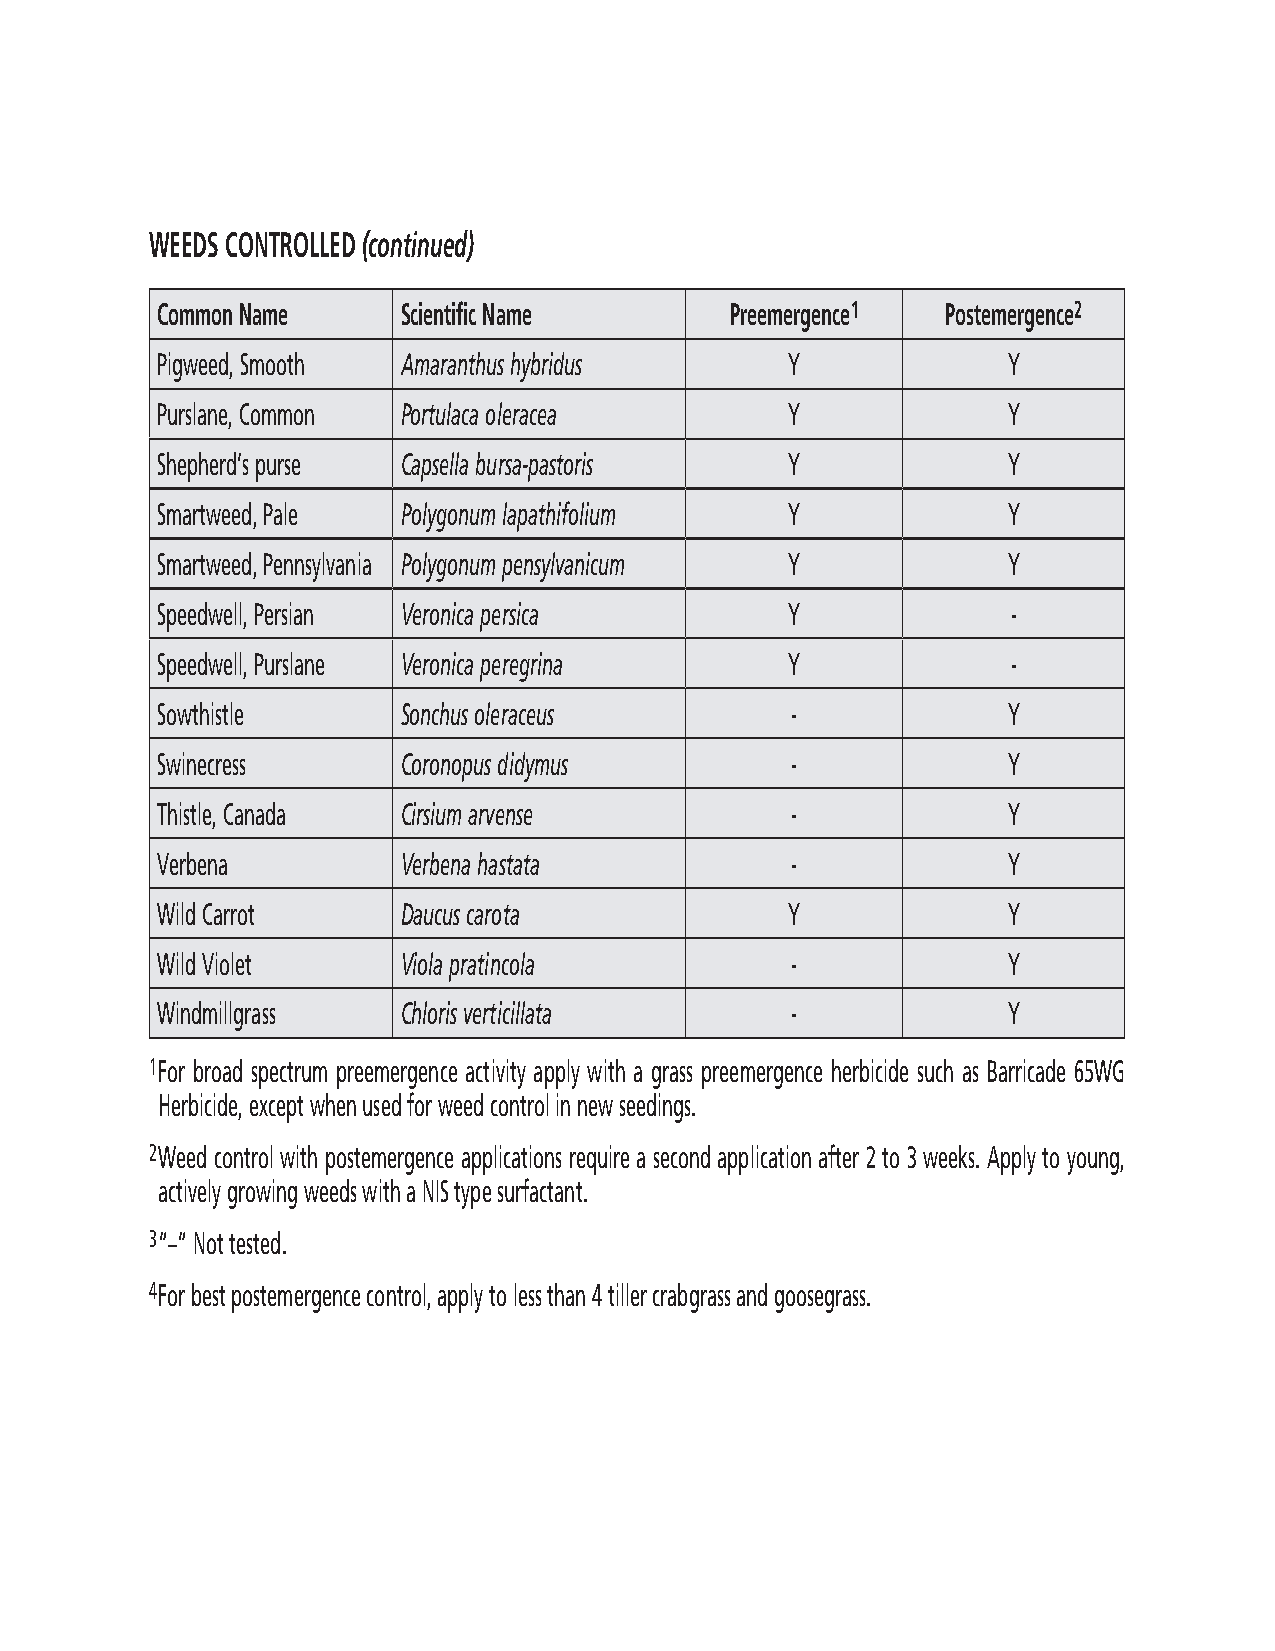
WEEDS CONTROLLED (continued)
 Common Name      Scientific Name      Preemergence1  Postemergence2
 Pigweed, Smooth  Amaranthus hybridus      Y              Y
 Purslane, Common Portulaca oleracea       Y              Y
 Shepherd’s purse Capsella bursa-pastoris  Y              Y
 Smartweed, Pale  Polygonum lapathifolium  Y              Y
 Smartweed, Pennsylvania Polygonum pensylvanicum Y        Y
 Speedwell, Persian Veronica persica       Y              -
 Speedwell, Purslane Veronica peregrina    Y              -
 Sowthistle       Sonchus oleraceus        -              Y
 Swinecress       Coronopus didymus        -              Y
 Thistle, Canada  Cirsium arvense          -              Y
 Verbena          Verbena hastata          -              Y
 Wild Carrot      Daucus carota            Y              Y
 Wild Violet      Viola pratincola         -              Y
 Windmillgrass    Chloris verticillata     -              Y
 1 For broad spectrum preemergence activity apply with a grass preemergence herbicide such as Barricade 65WG
 Herbicide, except when used for weed control in new seedings.
 2 Weed control with postemergence applications require a second application after 2 to 3 weeks. Apply to young,
 actively growing weeds with a NIS type surfactant.
 3“–“ Not tested.
 4For best postemergence control, apply to less than 4 tiller crabgrass and goosegrass.
 11